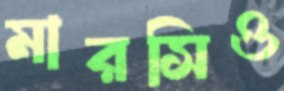
মারসিও